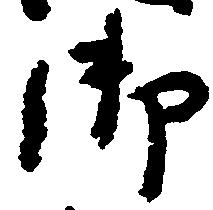
御